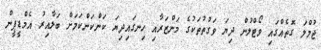
ޖުމްލަ ގޮތެއްގައި ވޯޓްލުން ދިޔަ ވަގުތުތަކުގެ މަންޒަރާއި ހިނގައިދިޔަ ކަންކަންކަމަށް ބަލާއިރު އެމްޑީޕީން